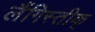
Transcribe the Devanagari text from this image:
लैंगिस्तीक्